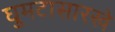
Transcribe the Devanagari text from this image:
घुमटासारखे